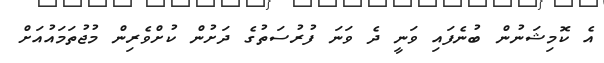
އެ ކޮމިޝަނުން ބުނެފައި ވަނީ ދެ ވަނަ ފުރުސަތުގެ ދަށުން ކުށްވެރިން މުޖުތަމައުއަށް